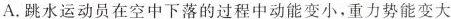
A. 跳水运动员在空中下落的过程中动能变小，重力势能变大